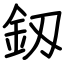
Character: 釼